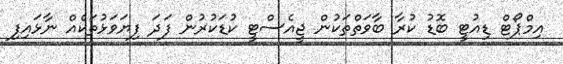
އިމްޕޯޓް ޑިއުޓީ ބޮޑު ކުރާ ބާވަތްތަކުން ޖީއެސްޓީ ކުޑަކުރުން ފަދަ ފިޔަވަޅުތަކެއް ނާޅައިފި